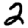
Digit: 2